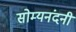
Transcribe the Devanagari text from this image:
सोम्यनंदनी